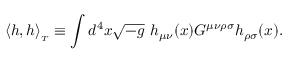
\langle h , h \rangle _ { _ T } \equiv \int d ^ { 4 } x \sqrt { - g } \ h _ { \mu \nu } ( x ) G ^ { \mu \nu \rho \sigma } h _ { \rho \sigma } ( x ) .